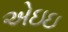
એઇઇ